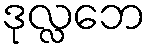
ဒုလ္လဘေ